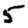
Digit: 5